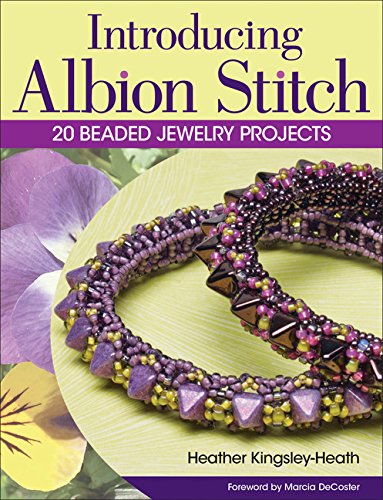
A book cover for Introducing Albion Stitch: 20 Beaded Jewelry Projects; Heather Kingsley-Heath; Crafts, Hobbies & Home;